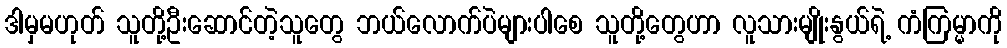
ဒါမှမဟုတ် သူတို့ဦးဆောင်တဲ့သူတွေ ဘယ်လောက်ပဲများပါစေ သူတို့တွေဟာ လူသားမျိုးနွယ်ရဲ့ ကံကြမ္မာကို